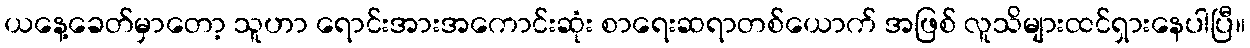
ယနေ့ခေတ်မှာတော့ သူဟာ ရောင်းအားအကောင်းဆုံး စာရေးဆရာတစ်ယောက် အဖြစ် လူသိများထင်ရှားနေပါပြီ။